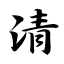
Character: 清